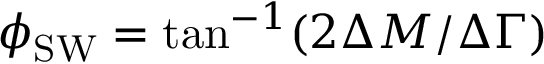
\phi _ { \mathrm { S W } } = \tan ^ { - 1 } ( 2 \Delta M / \Delta \Gamma )